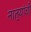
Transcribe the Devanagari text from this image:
नात्यांची